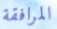
المرافقة